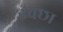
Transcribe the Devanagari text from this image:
इचछा